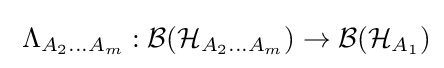
\;\Lambda _{A_{2}\ldots A_{m}}:{\mathcal {B}}({\mathcal {H}}_{A_{2}\ldots A_{m}})\to {\mathcal {B}}({\mathcal {H}}_{A_{1}})